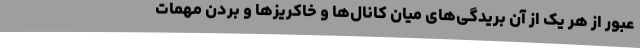
عبور از هر یک از آن بریدگی‌های میان کانال‌ها و خاکریزها و بردن مهمات